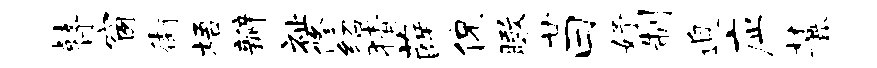
瞽窗街梧瓣祉修绍猜薛侃瞰廿曰妤制迫应麓